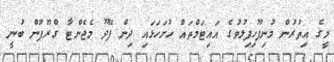
މީގެ އިތުރުން މުނިފޫހިފިލުވުގެ އައިޓަމްތައް ހުށަހަޅައި ދިން ފޭދޫ މެޖެންޓާ ގްރޫޕުން ބުނީ